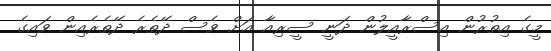
މީގެ އިތުރުން އިސްރާއީލުން ދަނީ ސީރިއާ އަށް ވެސް ދޭތެރެ ދޭތެރެއިން ވައިގެ